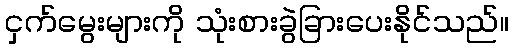
ငှက်မွေးများကို သုံးစားခွဲခြားပေးနိုင်သည်။